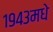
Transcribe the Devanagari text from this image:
१९४३मधे